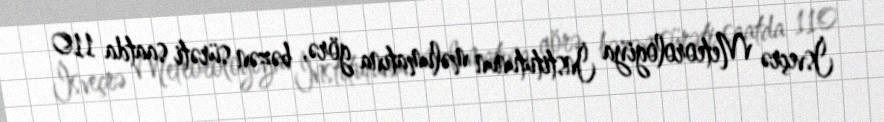
İsveçrə Meteorologiya İnstitutunun məlumatına görə, bəzən sürəti saatda 110